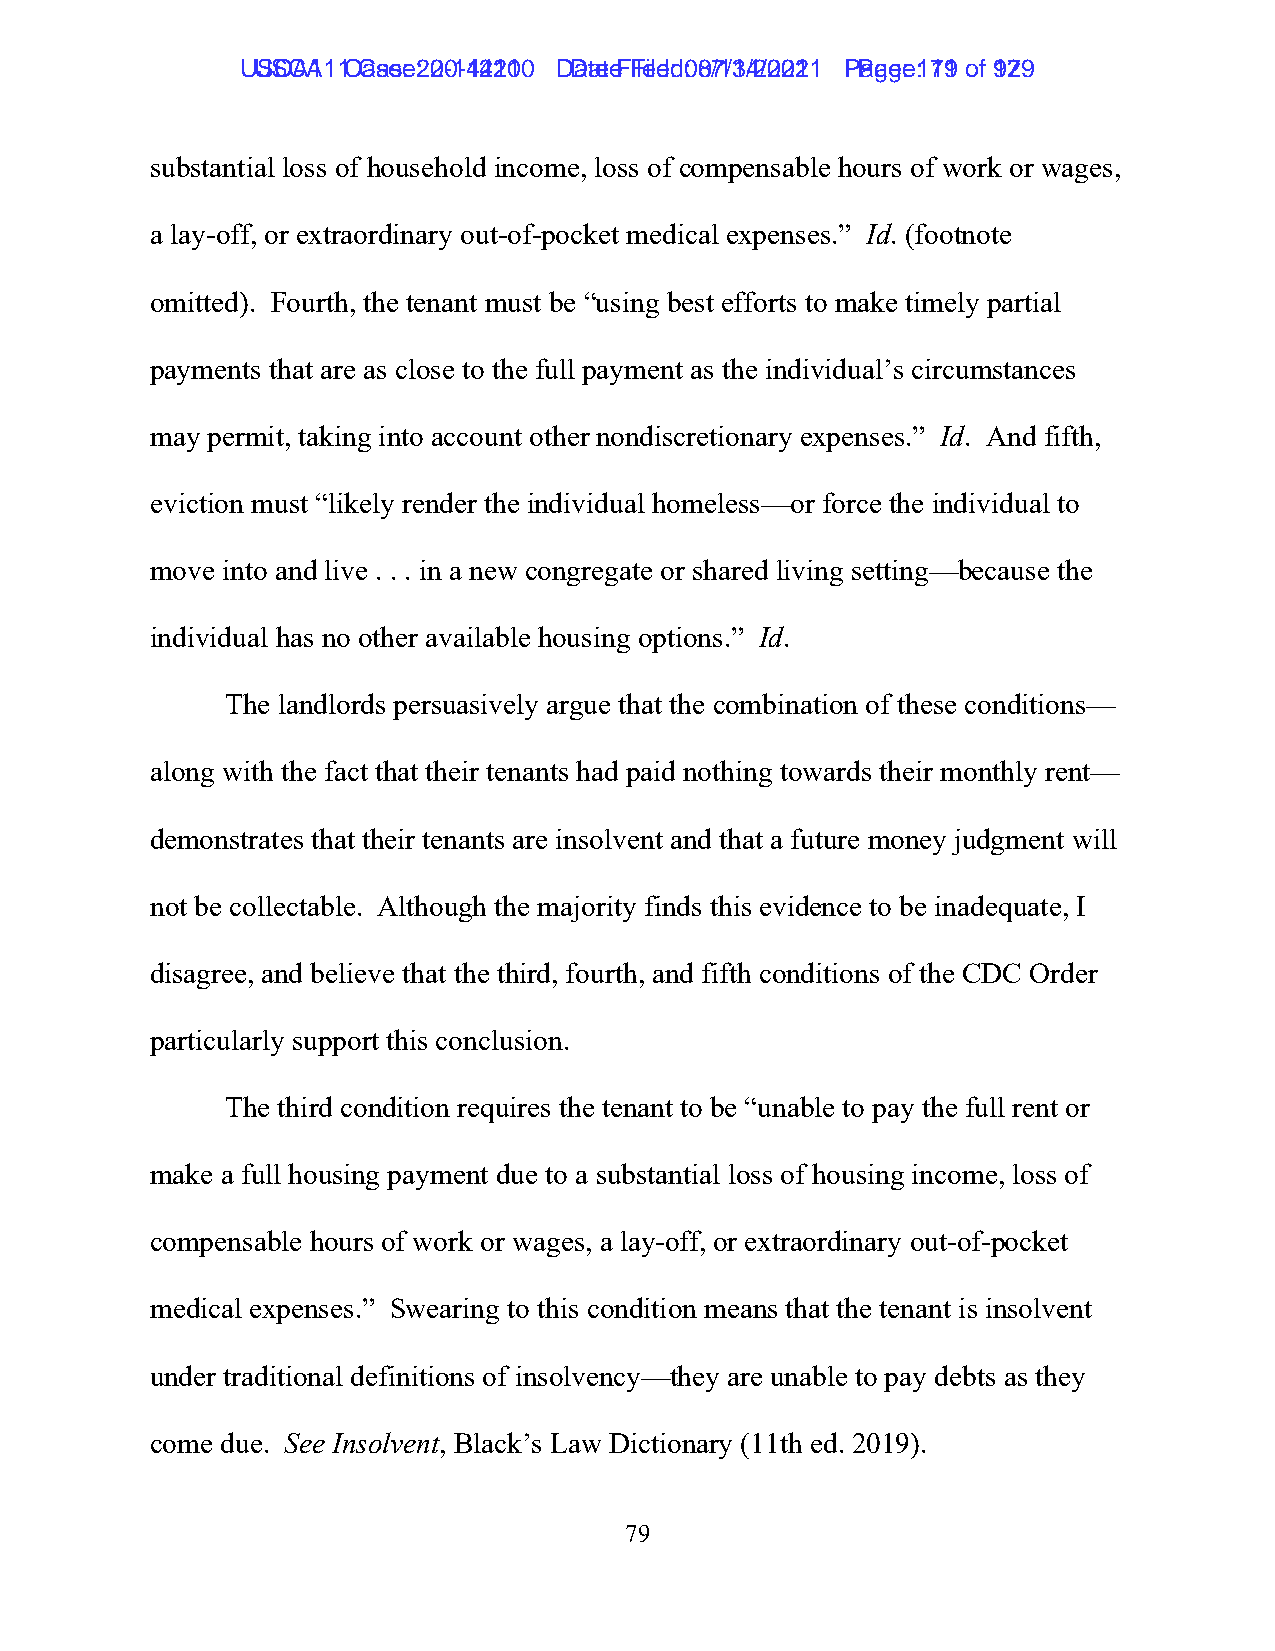
UUSSCCAA1111 C Caasese: :2 200-1-144221100 D Daatete F Fileiledd: :0 087/1/134/2/2002211 P Paaggee: :1 7191 ooff 9172 9
 substantial loss of household income, loss of compensable hours of work or wages,
 a lay-off, or extraordinary out-of-pocket medical expenses.” Id. (footnote
 omitted). Fourth, the tenant must be “using best efforts to make timely partial
 payments that are as close to the full payment as the individual’s circumstances
 may permit, taking into account other nondiscretionary expenses.” Id. And fifth,
 eviction must “likely render the individual homeless—or force the individual to
 move into and live . . . in a new congregate or shared living setting—because the
 individual has no other available housing options.” Id.
 The landlords persuasively argue that the combination of these conditions—
 along with the fact that their tenants had paid nothing towards their monthly rent—
 demonstrates that their tenants are insolvent and that a future money judgment will
 not be collectable. Although the majority finds this evidence to be inadequate, I
 disagree, and believe that the third, fourth, and fifth conditions of the CDC Order
 particularly support this conclusion.
 The third condition requires the tenant to be “unable to pay the full rent or
 make a full housing payment due to a substantial loss of housing income, loss of
 compensable hours of work or wages, a lay-off, or extraordinary out-of-pocket
 medical expenses.” Swearing to this condition means that the tenant is insolvent
 under traditional definitions of insolvency—they are unable to pay debts as they
 come due. See Insolvent, Black’s Law Dictionary (11th ed. 2019).
 79